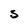
Character: S